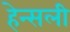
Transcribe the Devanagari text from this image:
हेन्सली